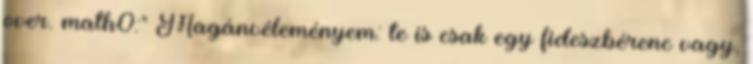
over. math0:" Magánvéleményem: te is csak egy fideszbérenc vagy,